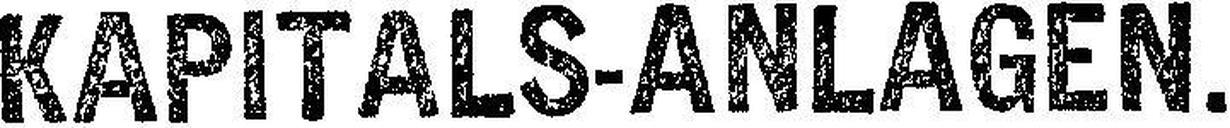
KAPITALS-ANLAGEN.